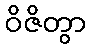
ဝိဇိတွာ